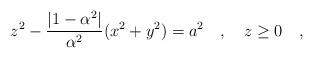
LaTeX: \begin{align*}z^2-{|1-\alpha^2| \over \alpha^2}(x^2+y^2)=a^2~~~,~~~z\ge0~~~,\end{align*}